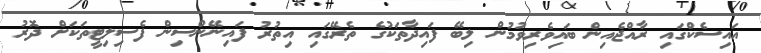
އައިސެކްގައި ރާއްޖެއިން ބައިވެރިވުމުން ލިބޭ ފައިދާތަކުގެ ތެރޭގައި އިތުރު ފައިނޭންސިން ފެސިލިޓީތަކަށް ދޮރު